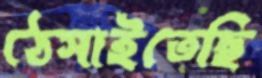
ঠেসাইতেছি